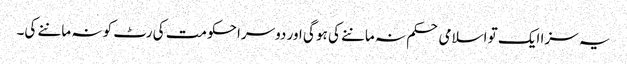
یہ سزا ایک تو اسلامی حکم نہ ماننے کی ہو گی اور دوسرا حکومت کی رٹ کو نہ ماننے کی۔